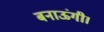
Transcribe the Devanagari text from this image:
बनाऊंगी।